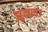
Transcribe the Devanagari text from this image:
झुकाव।